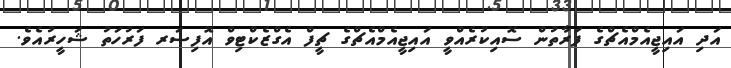
އަދި އައިޖީއެމްއެޗްގެ ފަރާތުން ސޮއިކުރެއްވީ އައިޖީއެމްއެޗްގެ ޗީފް އެގްޒެކްޓިވް އޮފިސަރ ފަރުހަތު ޝަހީރުއެވެ.